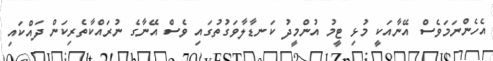
އެހެންނަމަވެސް އޭނާއަކީ މުޅި ޓީމު އުންމީދު ކަނޑާލާވަގުތުގައި ވެސް އޭނާގެ ނުރައްކާތެރިކަން ދައްކައި